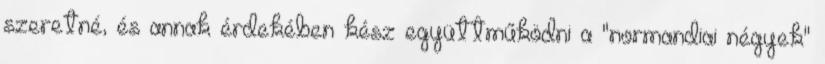
szeretné, és annak érdekében kész együttműködni a "normandiai négyek"